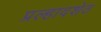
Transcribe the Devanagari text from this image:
प्रल्हादशेठ